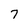
Character: 7